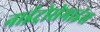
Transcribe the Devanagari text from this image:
नाईट्रोसेमाइंस